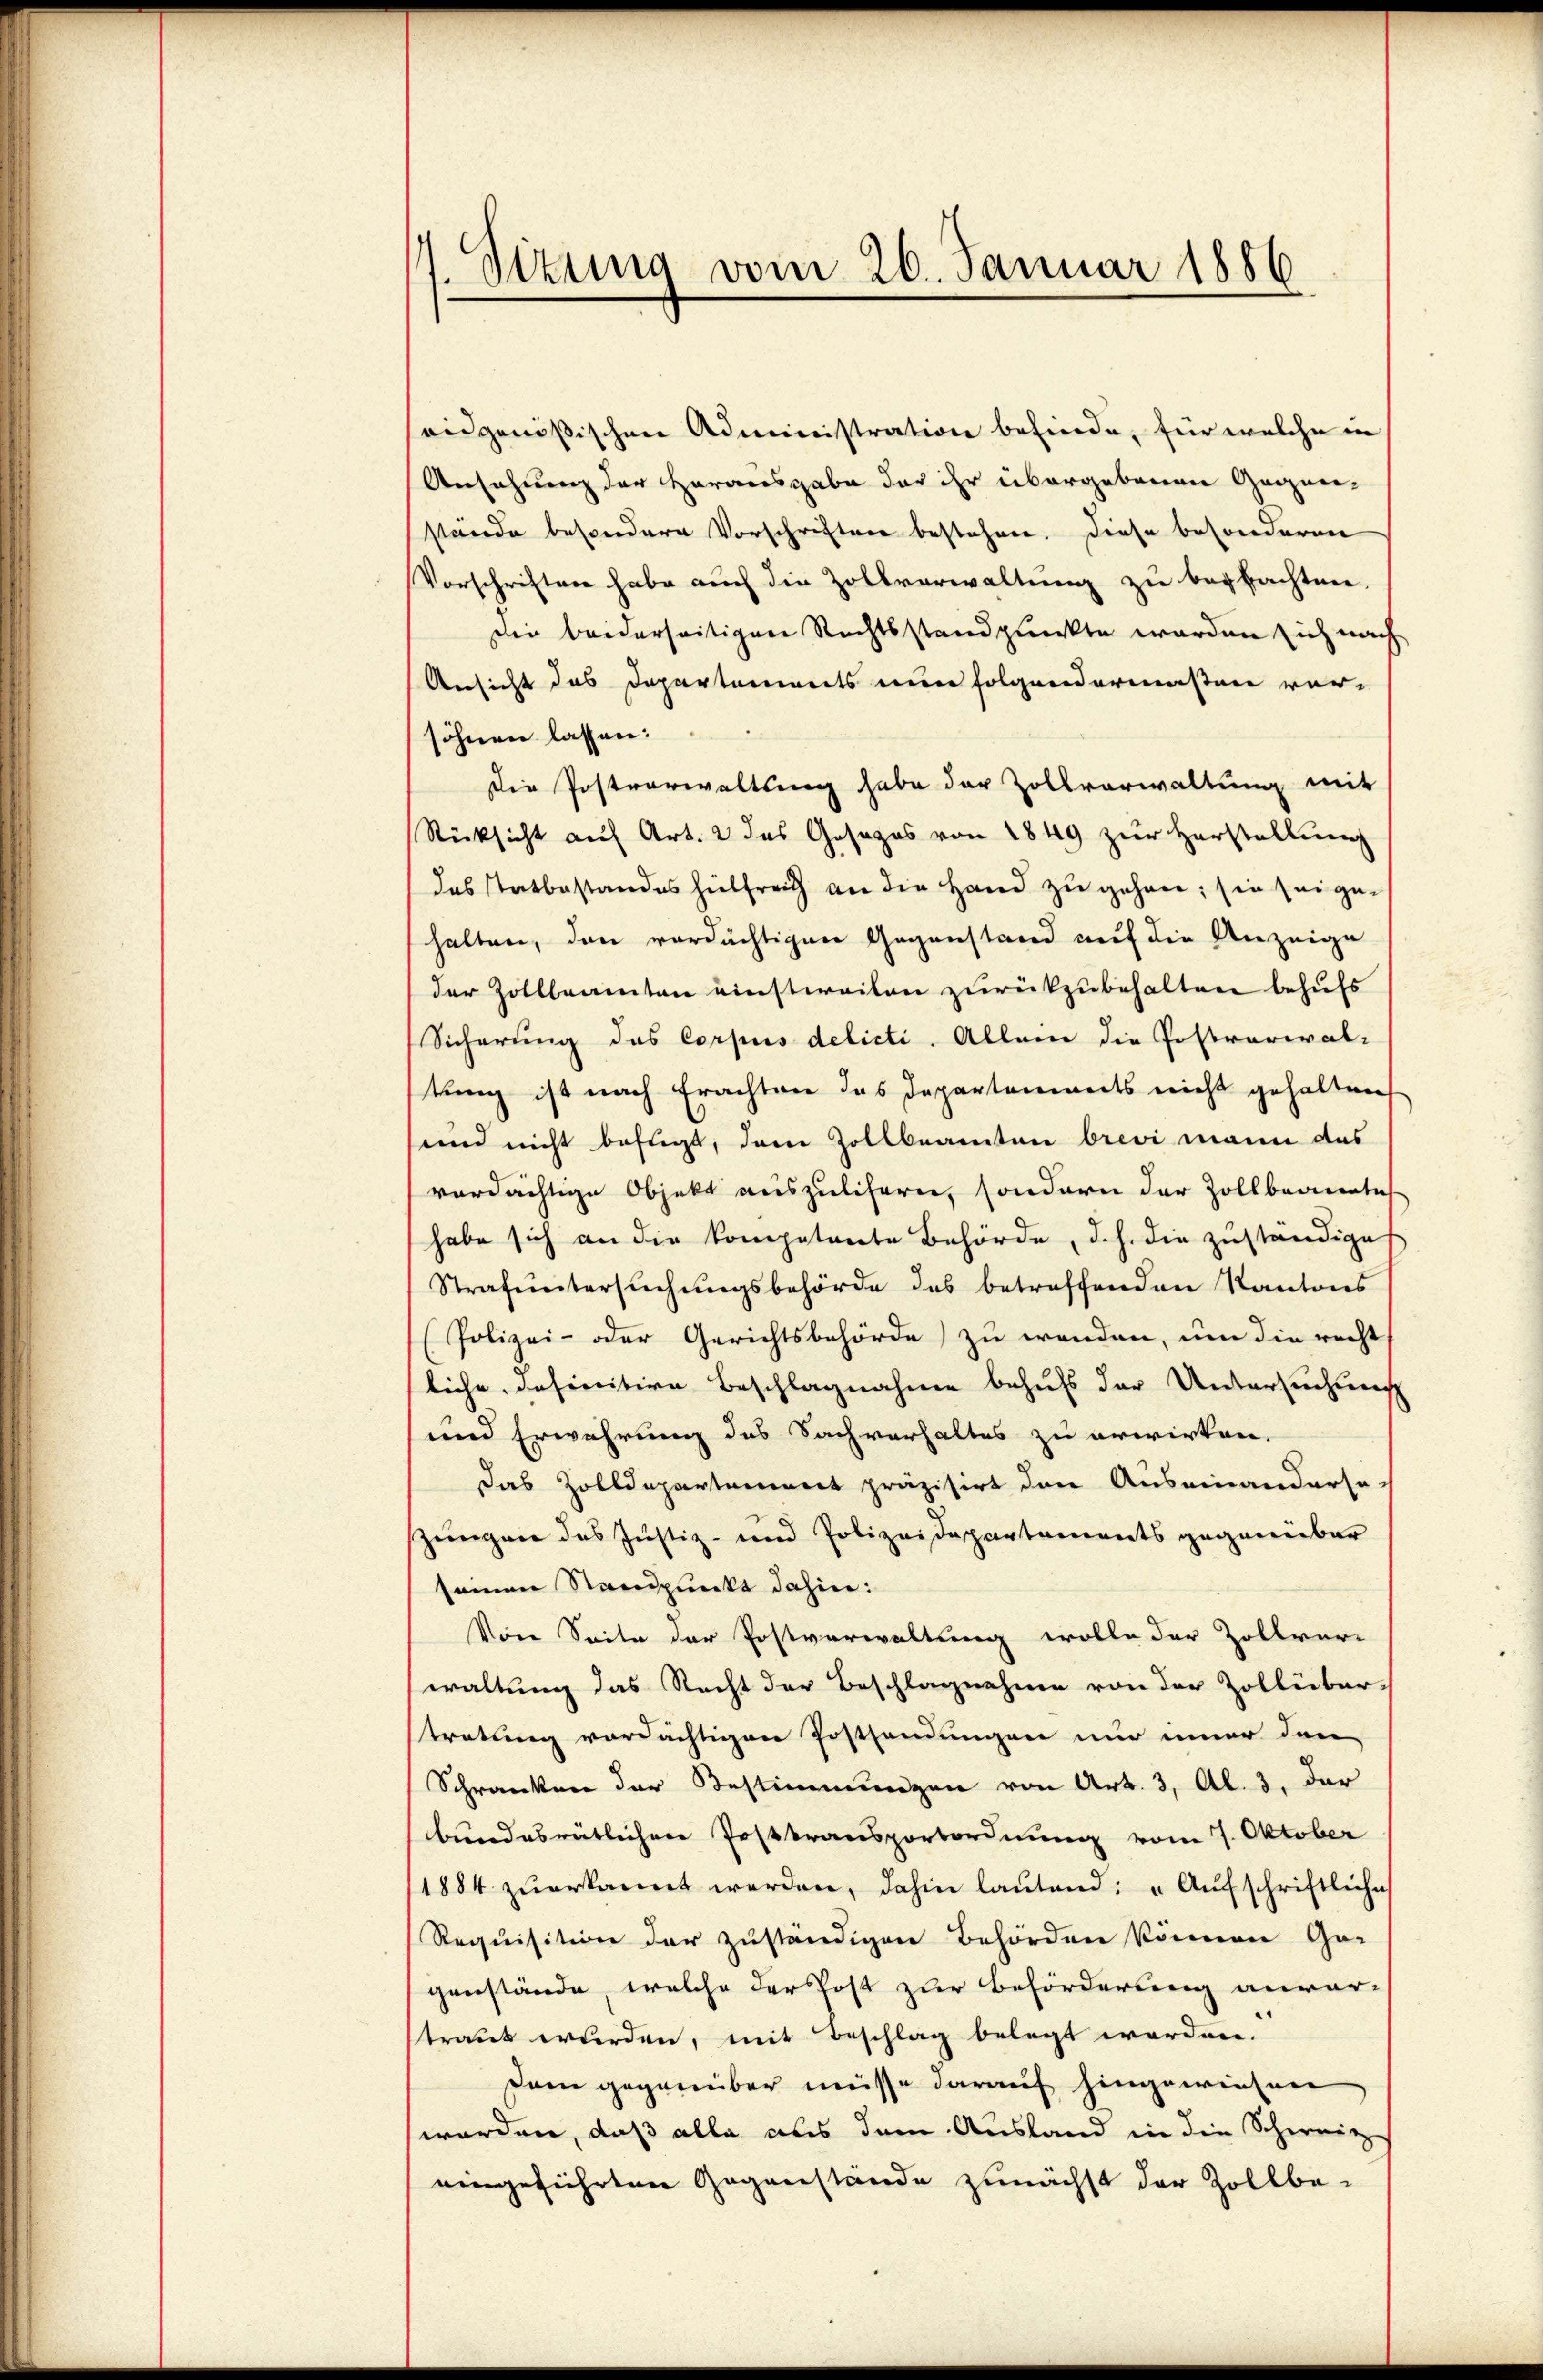
1. Sizung vom 26. Januar 1886

eidgenössischen Administration befinde, für welche in
Ansehung der Herausgabe der ihr übergebenen Gegnerstande besondere Vorschriften bestehen. Diese besonderen
Vorschriften habe auch die Zollverwaltung zu beobachten.
Die beiderseitigen Rechtsstandpunkte werden sich nach
Ansicht das Departements nun folgendermaßen versöhnen lassen:
Die Postverwaltung habe der Zollverwaltung mit
Rücksicht auf Art. 2 des Gesezes von 1849 zur Herstellung
das Tatbestandes hilfreich an die Hand zu gehen; sie sei gehalten, den verdächtigen Gegenstand auf die Anzeige
der Zollbeamten einstweilen zurückzubehalten behufs
Sicherung des Corpus delicti. Allein die Postrarial-
tung ist nach Erachten das Departements nicht gehalten
sund nicht befugt, dem Zollbeamten brevi mann das
verdächtige Objekt auszulisern, sondern der Zollbeamtes
habe sich an die kompetente Behörde, d.h. die zuständiget
Strafuntersŭchŭngsbehörde des betreffenden Kantons
Polizei- oder Gerichtsbehörde zu wenden, um die recht
liche, definitive Beschlagnahme behufs der Untersuchung
und Erwährung des Sachverhaltes zu erwirken.
das Zolldepartement präzisirt den Auseinandersezungen des Justiz- und Polizeidepartaments gegenüber
seinen Standpunkt dahin:
Von Seite der Postverwaltung wolle der Zollver-
waltung das Recht der Beschlagnahme von der Zollüber-
stratung verdächtigen Postsendungen nur immer den
Schranken der Bestimmungen von Art. 3, Al. 3, der
bundesrütlichen Posttransportordnung vom 7. Oktober
1884 zŭerkannt werden, dahin laŭtend: „Aŭfschriftliche
Requisition der zuständigen Behörden können Ge-
genstände, welche der Post zur Beförderung anver-
traut wurden, mit Beschlag belegt worden.
Dam gegenüber müsse darauf hingewiesen
worden, daß alle aus dem Ausland in die Schenig
eingeführten Gegenstände zunächst der Zollbe-